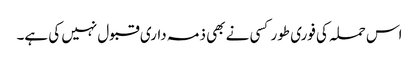
اس حملہ کی فوری طور کسی نے بھی ذمہ داری قبول نہیں کی ہے۔